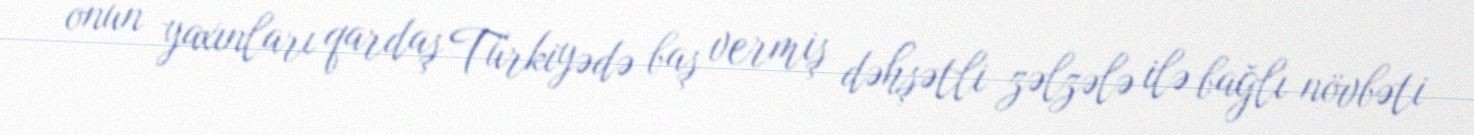
onun yaxınları qardaş Türkiyədə baş vermiş dəhşətli zəlzələ ilə bağlı növbəti